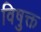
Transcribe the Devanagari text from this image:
विषुक्त